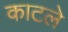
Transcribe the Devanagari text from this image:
काटले